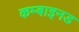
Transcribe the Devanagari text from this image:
कम्बाइनड